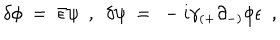
\delta \phi ~ = ~ { \bar { \epsilon } } \psi ~ ~ , ~ ~ \delta \psi ~ = ~ - i \gamma _ { ( + } \partial _ { - ) } \phi \epsilon ~ ~ ,